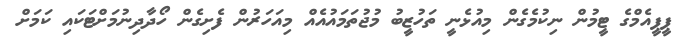
ޕީޕީއެމްގެ ޓީމުން ނިކުމެގެން މިއުޅެނީ ތަހުޒީބު މުޖުތަމައުއެއް މިއަހަރުން ފެށިގެން ހޯދާދިނުމަށްޓަކައި ކަމަށް